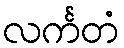
လင်္ကတံ